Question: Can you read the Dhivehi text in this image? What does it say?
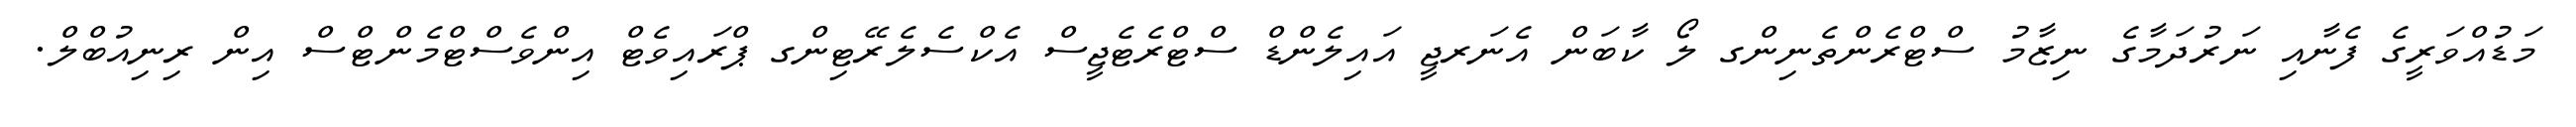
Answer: މަޑުއްވަރީގެ ފެނާއި ނަރުދަމާގެ ނިޒާމު ސްޓްރެންތެނިންގ ލޯ ކާބަން އެނަރޖީ އައިލެންޑް ސްޓްރެޓެޖީސް އެކްސެލެރޭޓިންގ ޕްރައިވެޓް އިންވެސްޓްމެންޓްސް އިން ރިނިއުބްލް.